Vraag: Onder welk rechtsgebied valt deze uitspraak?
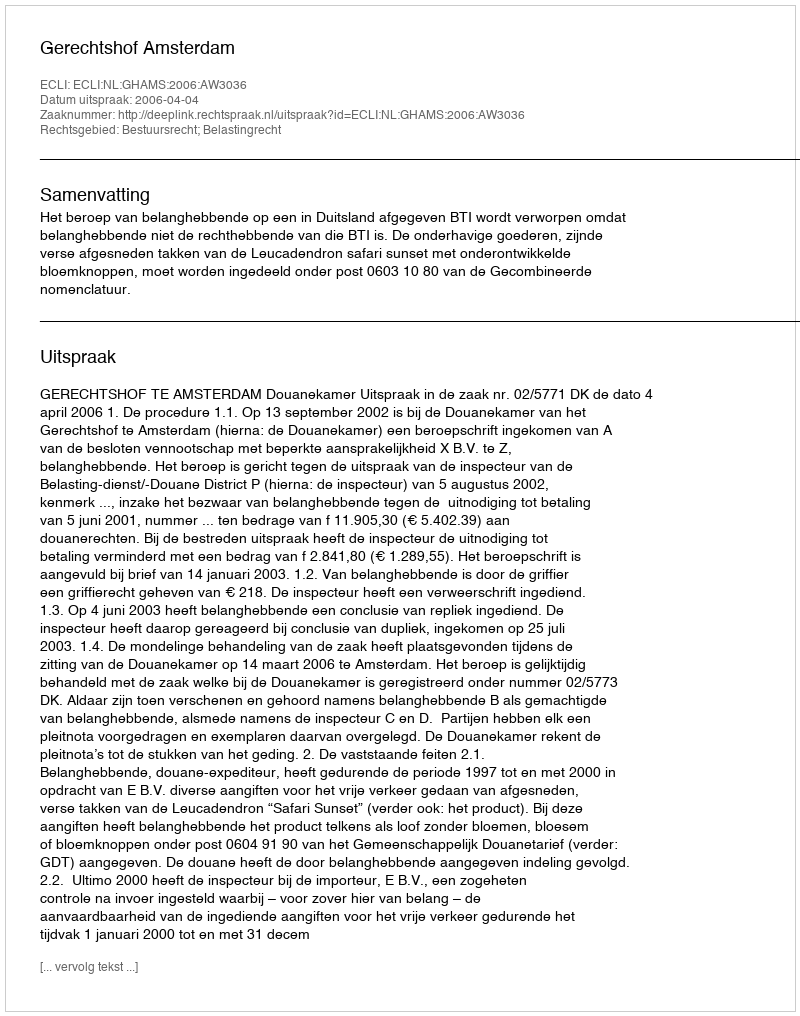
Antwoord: Bestuursrecht; Belastingrecht